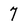
Character: 7